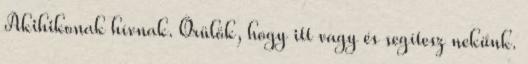
Akihikonak hívnak. Örülök, hogy itt vagy és segítesz nekünk.